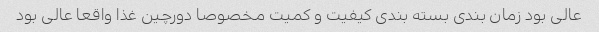
عالی بود زمان بندی بسته بندی کیفیت و کمیت مخصوصا دورچین غذا واقعا عالی بود